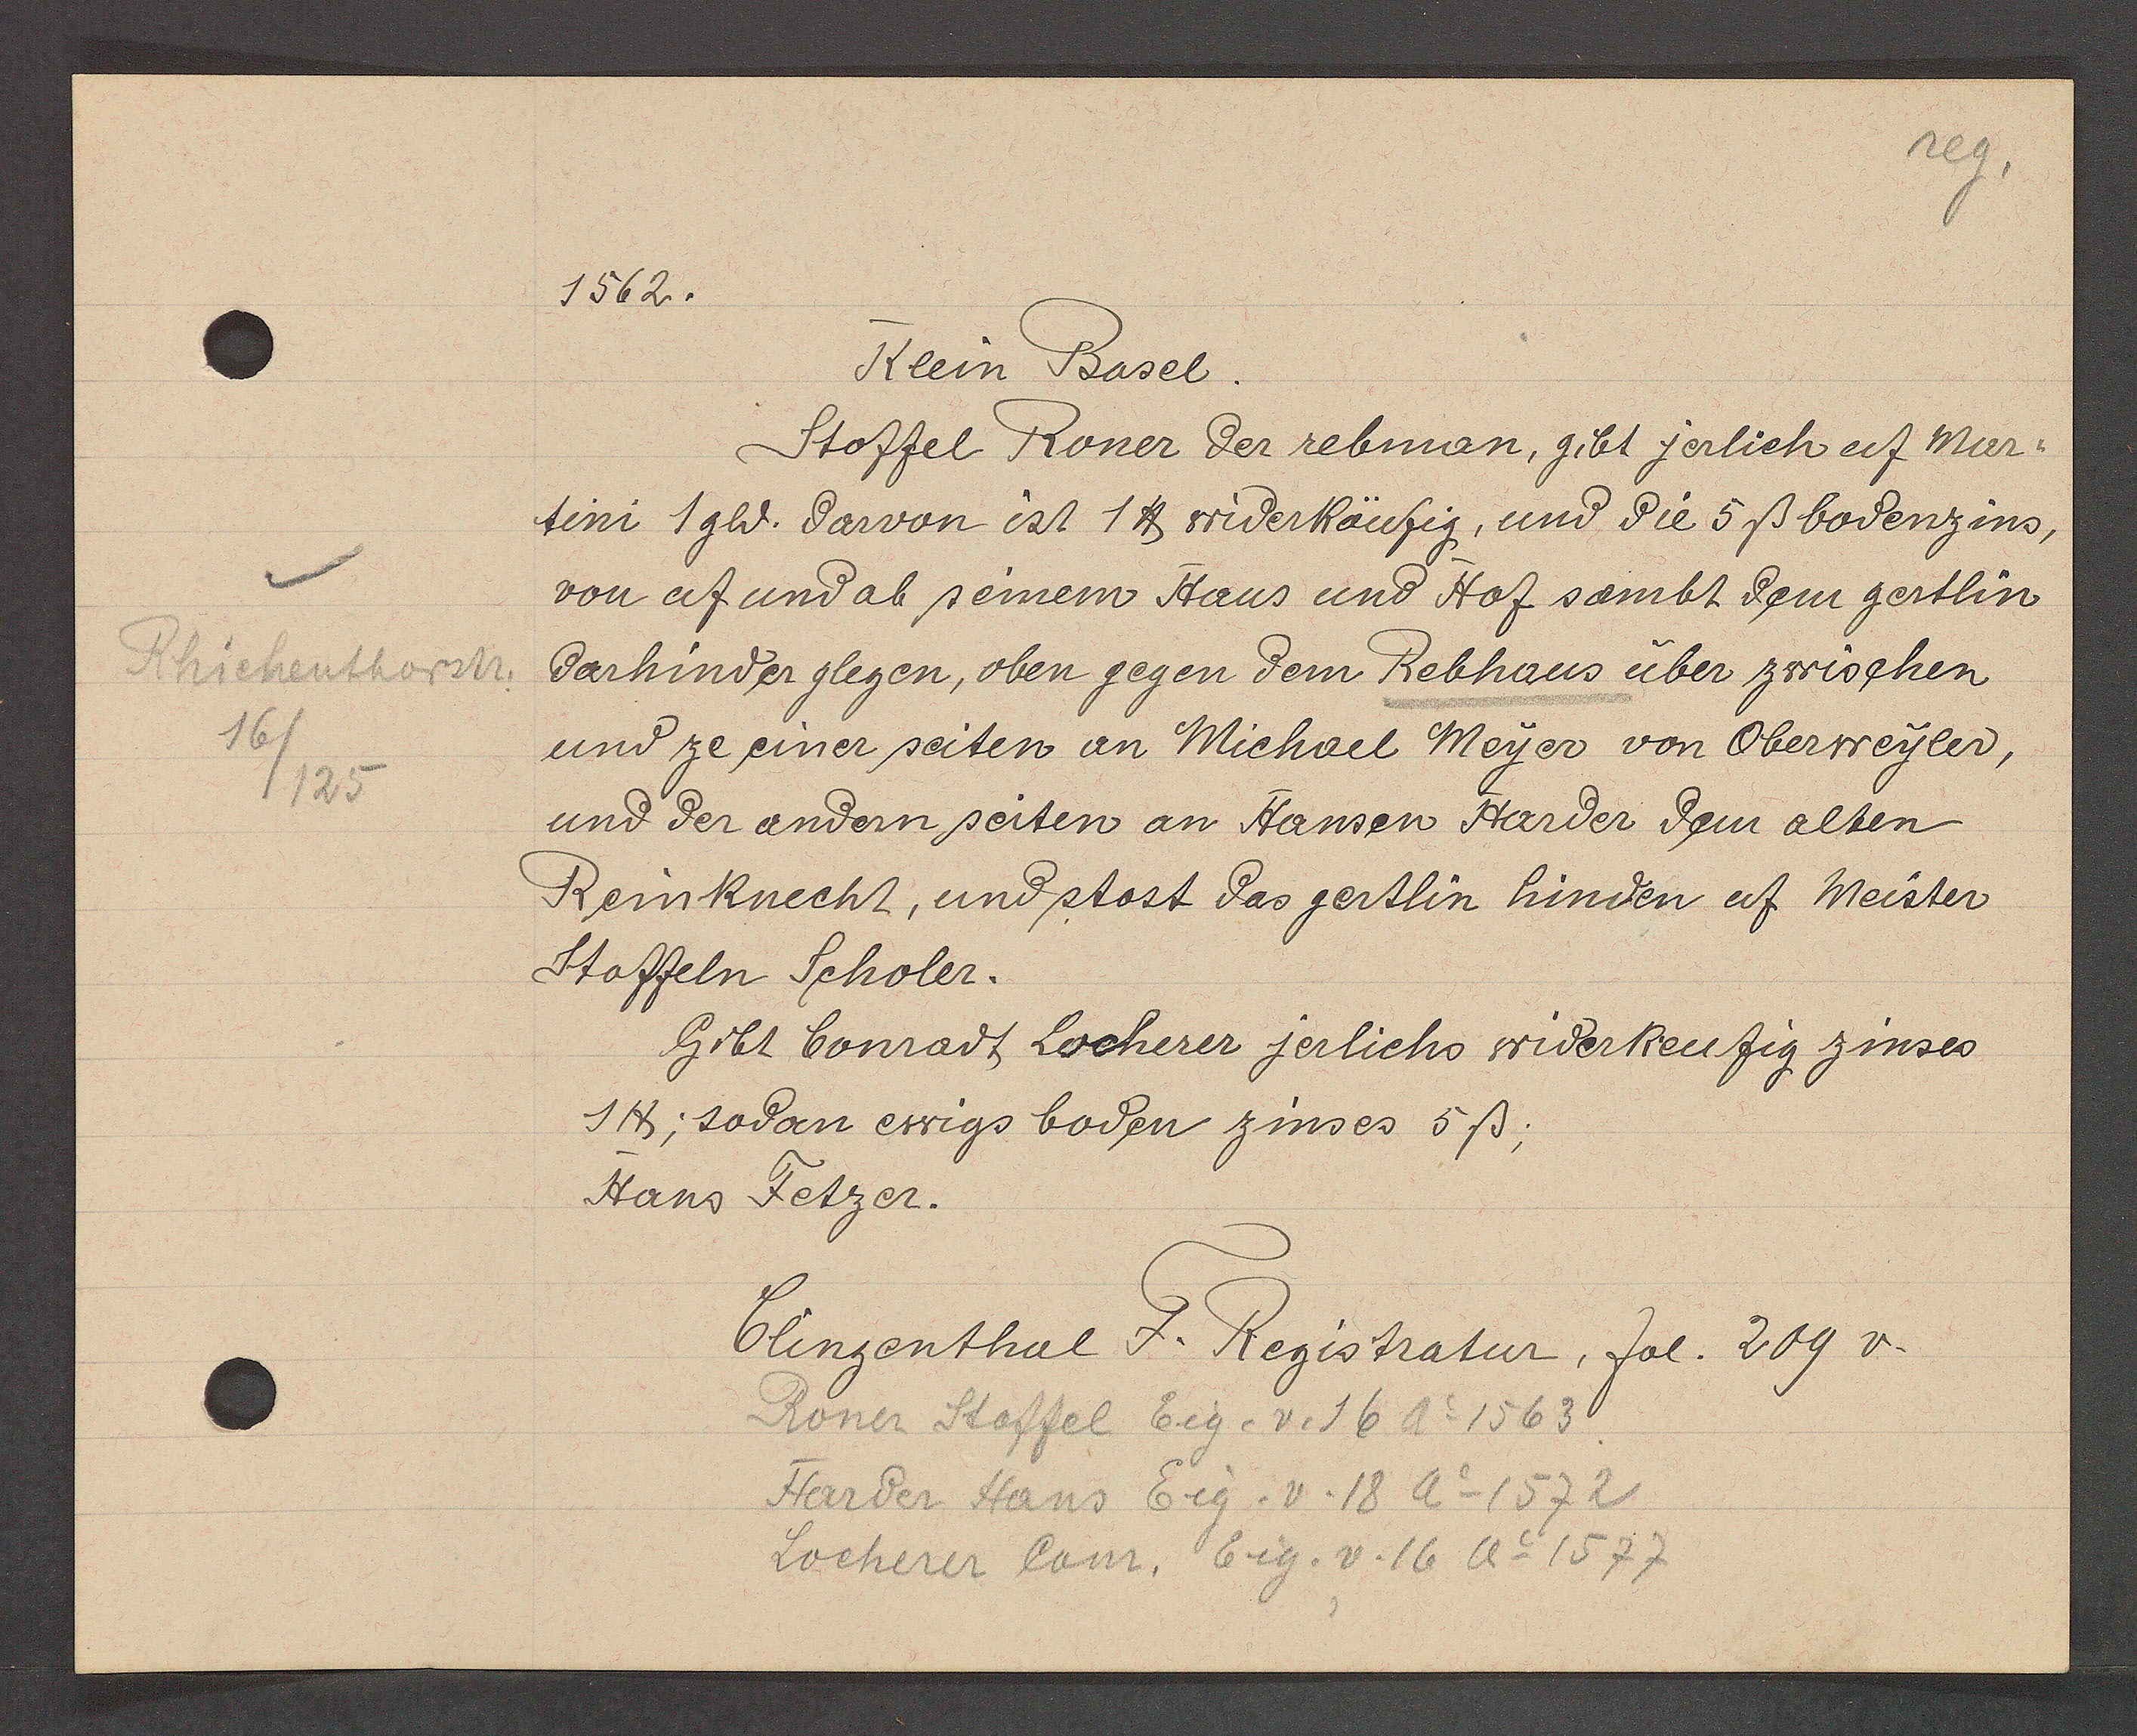
Transcript:
Rhiehenthorstr.
16/
/125

1562.

Klein Basel.
Stoffel Roner der rebman, gibt jerlich af Mar¬
tini 1 gld. darvon ist 1 ℔ widerkäufig, und die 5ß bodenzins,
von uf und ab seinem Haus und Hof sambt dem gertlin
darhinder glegen, oben gegen dem Rebhaus über zwischen
und ze einer seiten an Michael Meyer von Oberweyler,
und der andern seiten an Hansen Harder dem alten
Reinknecht, und stost das gertlin hinden uf Meister
Stoffeln Scholer.
Gibt Conradt Locherer jerlichs widerkeufig zinses
1℔, sodan ewigs boden zinses 5ß;
Hans Fetzer.

Clingenthal F. Registratur, fol. 209 v.

Roner Stoffel Eig. v. 16 Ao 1563
Harder Hans Eig. v. 18 Ao 1572
Locherer Conr, Eig. v. 16 Ao 1577